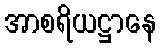
အာစရိယဋ္ဌာနေ